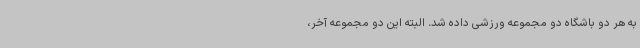
به هر دو باشگاه دو مجموعه ورزشی داده شد. البته این دو مجموعه آخر،